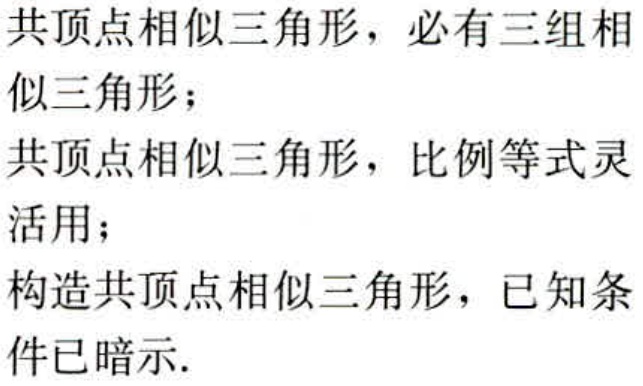
共顶点相似三角形，必有三组相似三角形；

共顶点相似三角形，比例等式灵活用；

构造共顶点相似三角形，已知条件已暗示.